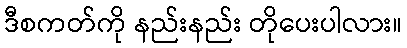
ဒီစကတ်ကို နည်းနည်း တိုပေးပါလား။